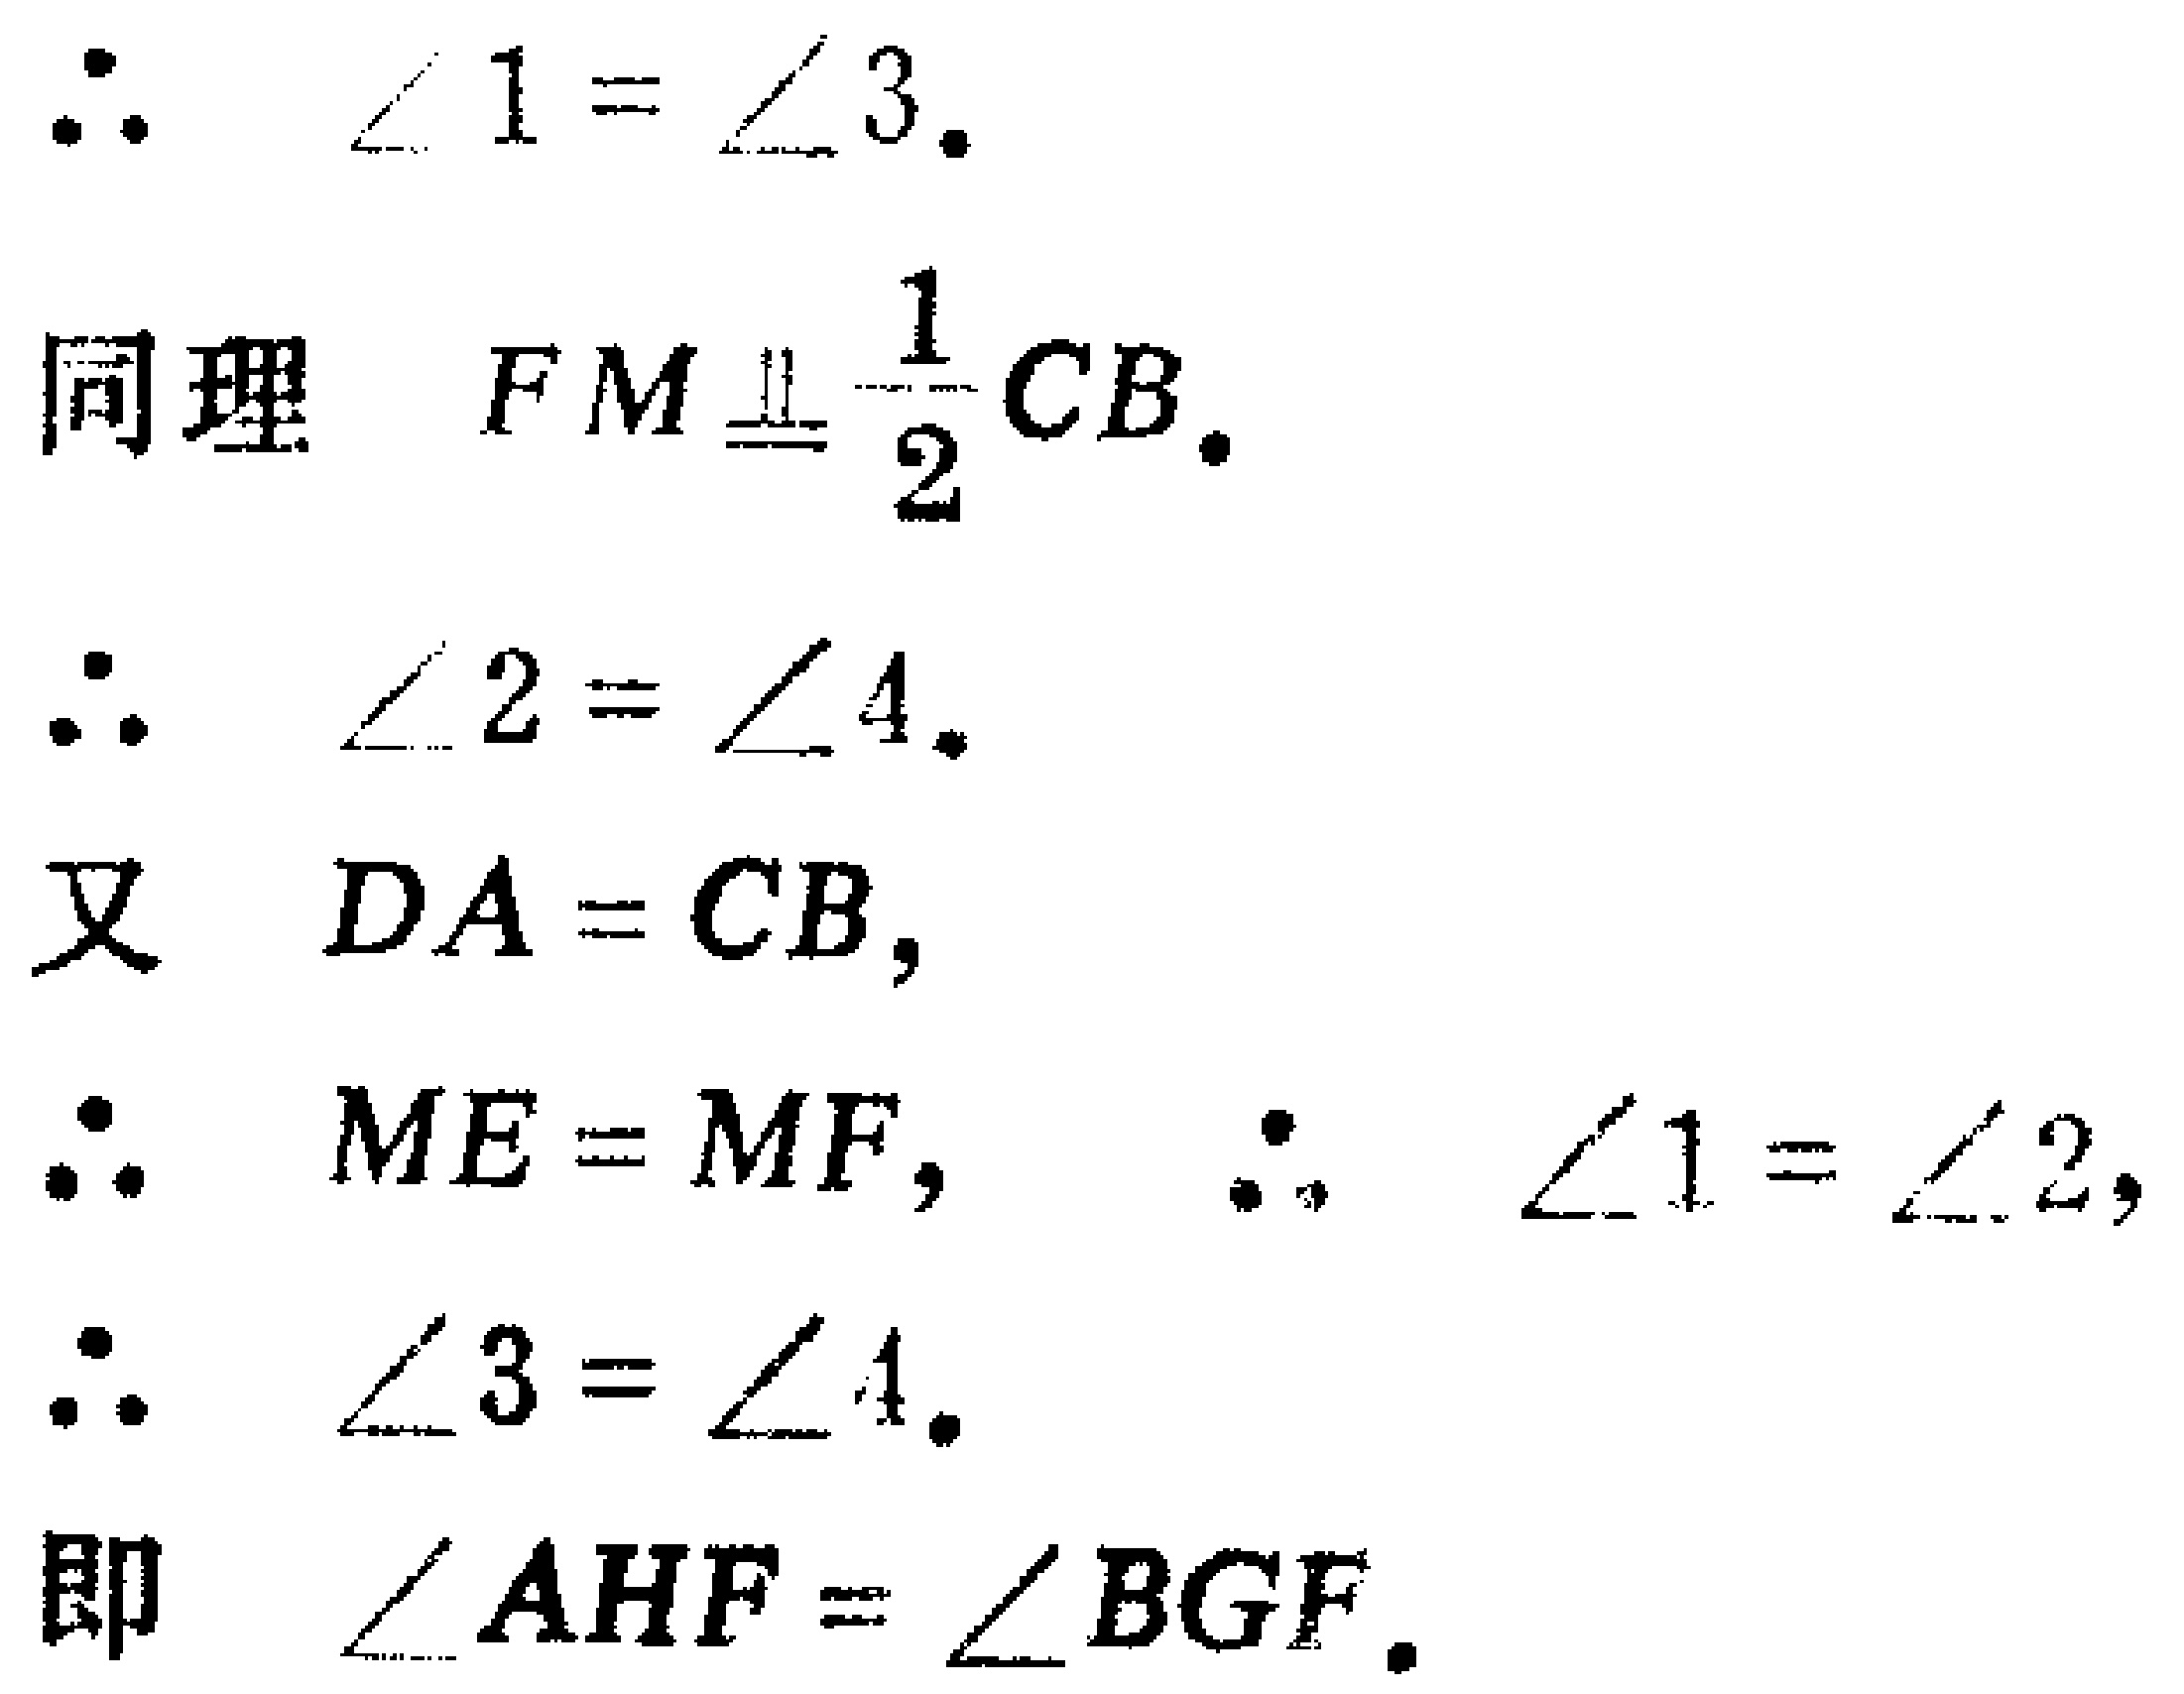
\(
\begin{align*}
&\therefore\quad\angle 1 = \angle 3.\\
&\text{同理}\quad FM\equalparallel\frac{1}{2}CB.\\
&\therefore\quad\angle 2 = \angle 4.\\
&\text{又}\quad DA = CB,\\
&\therefore\quad ME = MF,\quad\therefore\quad\angle 1 = \angle 2,\\
&\therefore\quad\angle 3 = \angle 4.\\
&\text{即}\quad\angle AHF = \angle BGF.
\end{align*}
\)